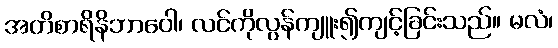
အတိစာရိနိဘာဝေါ၊ လင်ကိုလွန်ကျူး၍ကျင့်ခြင်းသည်။ မလံ၊